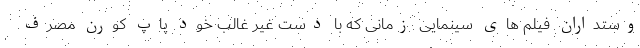
وستداران فیلم های سینمایی زمانی که با دست غیر غالب خود پاپ کورن مصرف